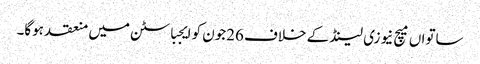
ساتواں میچ نیوزی لینڈ کے خلاف 26جون کو ایجباسٹن میں منعقد ہوگا۔